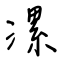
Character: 漯